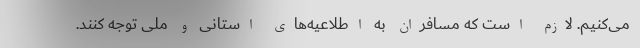
می‌کنیم. لازم است که مسافران به اطلاعیه‌های استانی و ملی توجه کنند.